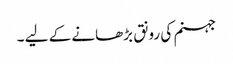
جہنم کی رونق بڑھانے کے لیے ۔